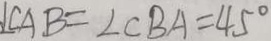
\angle C A B = \angle C B A = 4 5 ^ { \circ }